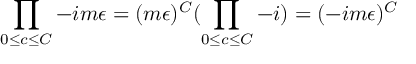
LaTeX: \prod _ { 0 \leq c \leq C } - i m \epsilon = ( m \epsilon ) ^ { C } ( \prod _ { 0 \leq c \leq C } - i ) = ( - i m \epsilon ) ^ { C }